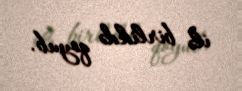
ilə birlikdə qoyub.